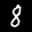
Label: 8